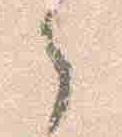
之